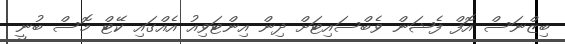
ބިޒްނަސް އޮފް ފެޝަން ވެބްސައިޓަށް ދިން އިންޓަވިއު އެއްގައި ކޭޓް މޮސް ބުނީ